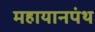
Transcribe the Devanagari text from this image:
महायानपंथ